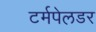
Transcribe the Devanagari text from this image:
टर्मपेलडर